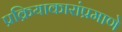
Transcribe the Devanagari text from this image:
प्रक्रियाकारांप्रमाणे